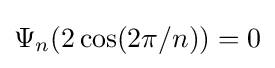
\Psi _{n}\!\left(2\cos(2\pi /n)\right)=0